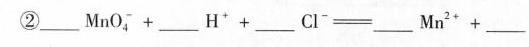
② $$___ M n O _ { 4 } ^ { - } + ___ H ^ { + } + ___ C l ^ { - } = ___ M n ^ { 2 + } + ___